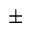
\pm